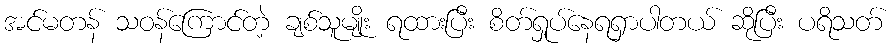
အင်မတန် သဝန်ကြောင်တဲ့ ချစ်သူမျိုး ရထားပြီး စိတ်ရှုပ်နေရရှာပါတယ် ဆိုပြီး ပရိသတ်